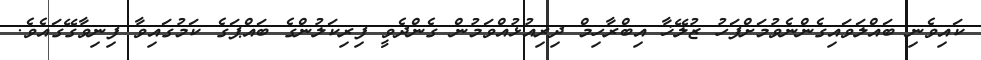
ކައިވެނި ބައްލަވައިގެންނެވުމަށްފަހު ޒުލޭޚާ އިބްރާހިމް ދިރިއުޅުއްވަމުން ގެންދެވީ ފިރިކަލުންގެ ބައްޕަގެ ކަމުގައިވާ ފިނިވާގޭގައެވެ.